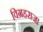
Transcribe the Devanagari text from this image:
विग्रहराजा